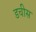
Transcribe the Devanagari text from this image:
डचीस